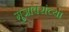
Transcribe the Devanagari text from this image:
मुजावरांच्या